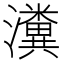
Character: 瀵